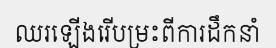
ឈរឡើងរើបម្រះពីការដឹកនាំ